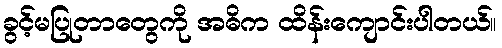
ခွင့်မပြုတာတွေကို အဓိက ထိန်းကျောင်းပါတယ်။